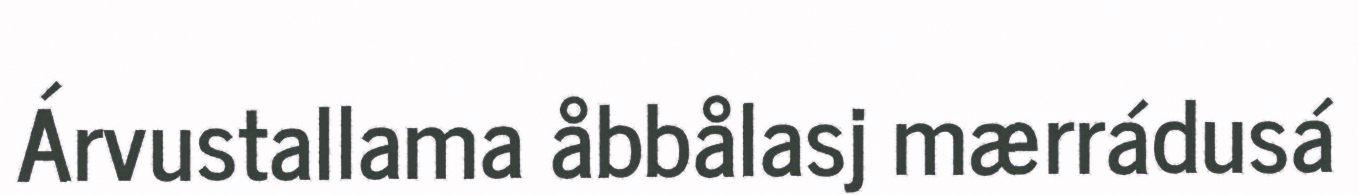
Árvustallama åbbålasj mærrádusá